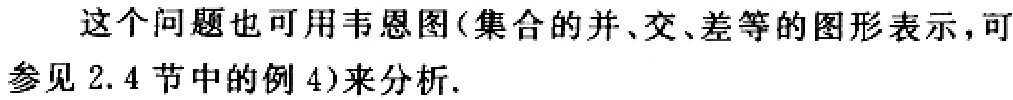
这个问题也可用韦恩图(集合的并、交、差等的图形表示，可参见 2.4 节中的例 4)来分析.